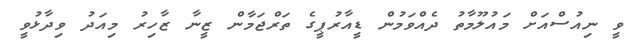
ވީ ނިއުސްއަށް މައުލޫމާތު ދެއްވަމުން ޑީއާރުޕީގެ ތަރްޖަމާން ޒީނާ ޒާހިރު މިއަދު ވިދާޅުވީ